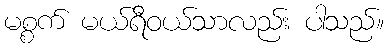
မစ္စက် မယ်ရီဝယ်သာလည်း ပါသည်။